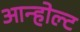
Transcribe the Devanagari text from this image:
आन्होल्ट